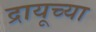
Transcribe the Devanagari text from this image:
द्रायूच्या